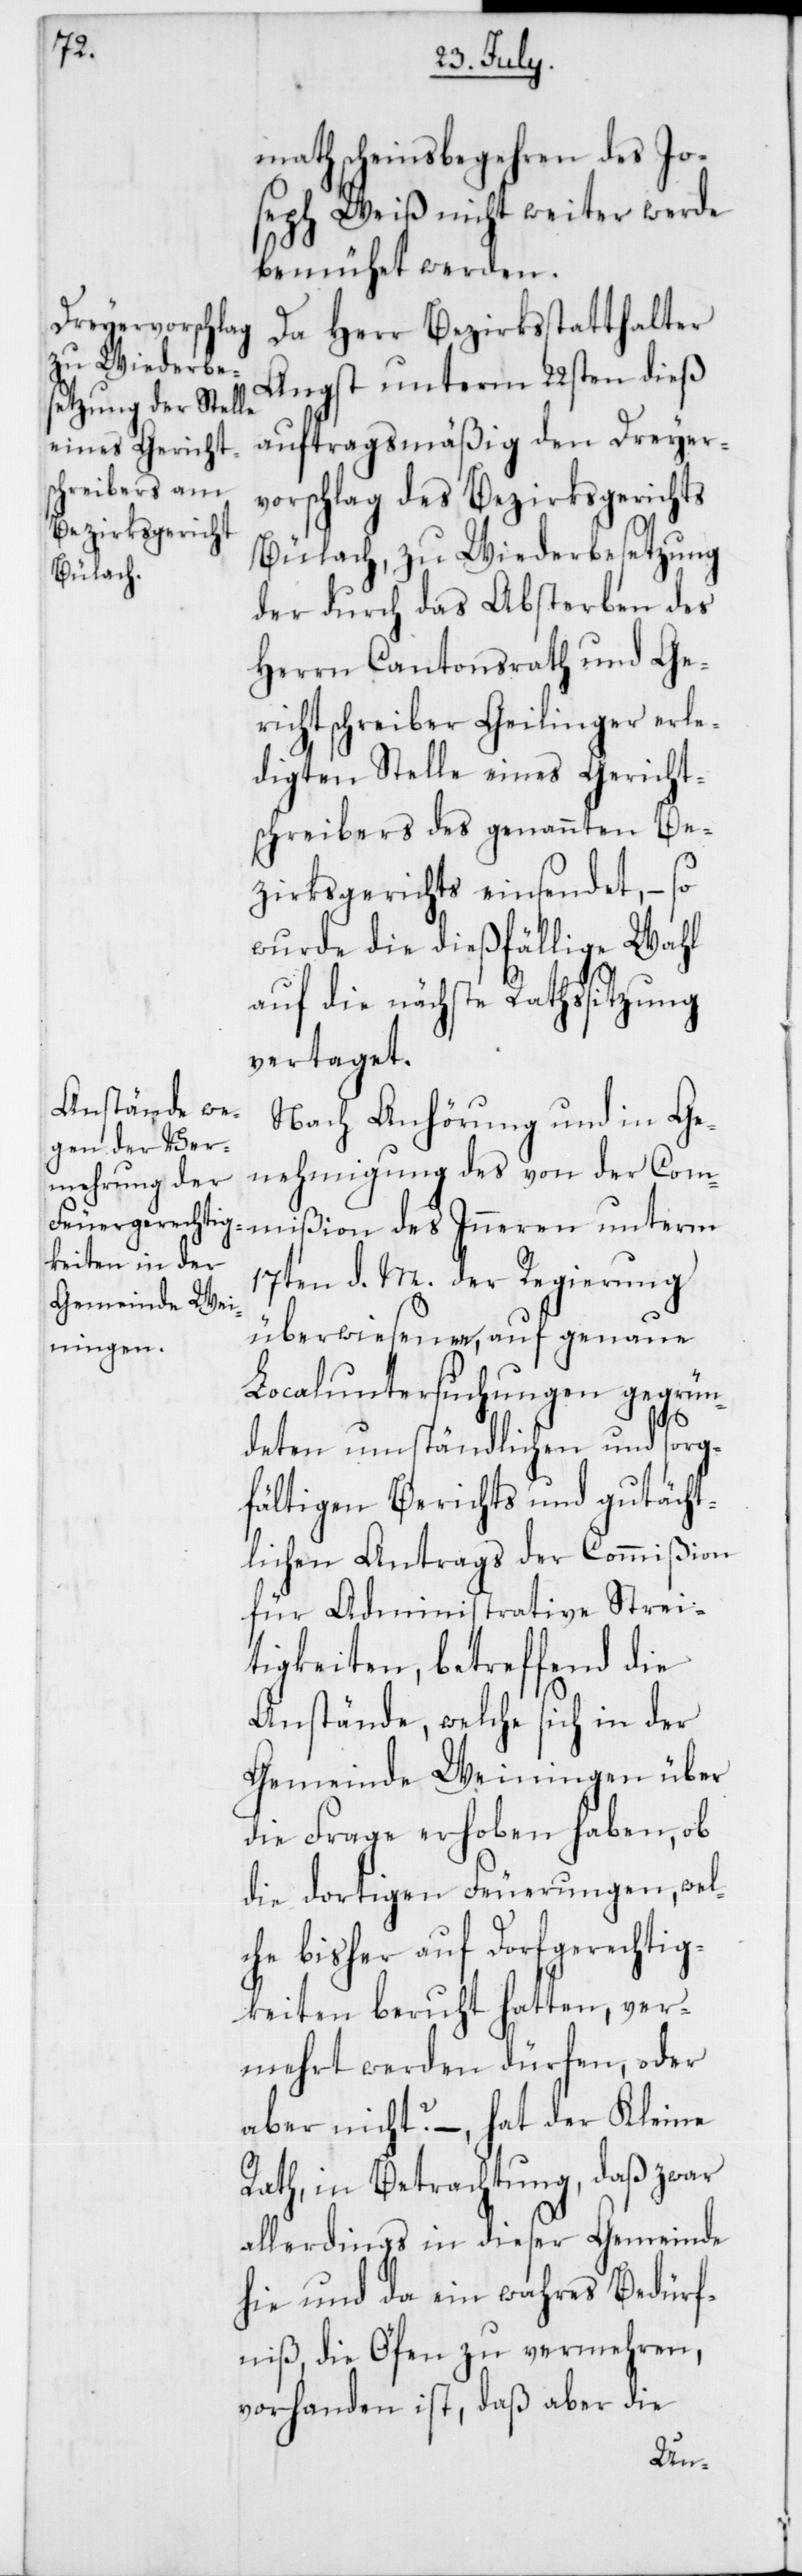
mathscheinsbegehren des Jo¬
seph Weiß nicht weiter werde
bemühet werden.
Da Herr Bezirksstatthalter
Angst unterm 22sten dieß
auftragsmäßig den Dreyer¬
vorschlag des Bezirksgerichts
Bülach, zu Wiederbesetzung
der durch das Absterben des
Herrn Cantonsrath und Ge¬
richtschreiber Geilinger erle¬
digten Stelle eines Gericht¬
schreibers des genannten Be¬
zirksgerichts einsendet, – so
wurde die dießfällige Wahl
auf die nächste Rathssitzung
vertaget.
Nach Anhörung und in Ge¬
nehmigung des von der Commi¬
17ten d. M. der Regierung
überwiesenen, auf genaue
Localuntersuchungen gegrün¬
ßion
deten umständlichen und sorg¬
fältigen Berichts und gutächt¬
lichen Antrags der Commißion
für Administrative Strei¬
tigkeiten, betreffend die
Anstände, welche sich in der
Gemeinde Weiningen über
die Frage erhoben haben, ob
die dortigen Feuerungen, wel¬
che bisher auf Dorfgerechtig¬
keiten beruht hatten, ver¬
mehrt werden dürfen, oder
aber nicht? – hat der Kleine
Rath, in Betrachtung, daß zwar
allerdings in dieser Gemeinde
hie und da ein wahres Bedürf¬
niß, die Öfen zu vermehren,
vorhanden ist, daß aber die